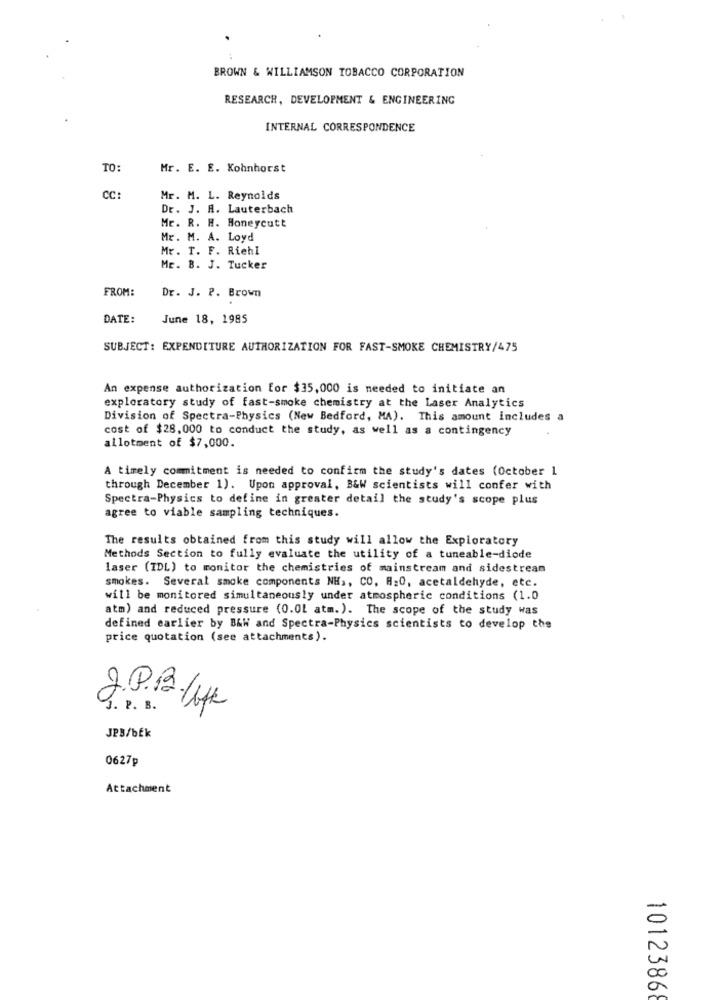
BROWN & WILLIAMSON TOBACCO CORPORATION
RESEARCH, DEVELOPMENT & ENGINEERING
INTERNAL CORRESPONDENCE
TO:
Mr. E. E. Kohnhorst
CC:
Mr. M. L. Reynolds
Dr. J. R. Lauterbach
Mr. R. R. Honeycutt
Mr. M. A. Loyd
Mr. T. F. Riehl
Mr. B. J. Tucker
FROM:
Dr. J. P. Brown
DATE:
June 18, 1985
SUBJECT: EXPENDITURE AUTHORIZATION FOR FAST-SMOKE CHEMISTRY/475
An expense authorization for $35,000 is needed to initiate an
exploratory study of fast-smoke chemistry at the Laser Analytics
Division of Spectra-Physics (New Bedford, MA). This amount includes a
cost of $28,000 to conduct the study, as well as a contingency
allotment of $7,000.
A timely commitment is needed to confirm the study's dates (October 1
through December 1). Upon approval, B&W scientists will confer with
Spectra-Physics to define in greater detail the study's scope plus
agree to viable sampling techniques.
The results obtained from this study will allow the Exploratory
Methods Section to fully evaluate the utility of a tuneable-diode
laser (IDL) to monitor the chemistries of mainstream and sidestream
smokes. Several smoke components NH ,, CO, A=0, acetaldehyde, etc.
will be monitored simultaneously under atmospheric conditions (1.0
atm) and reduced pressure (0.01 atm. ). The scope of the study was
defined earlier by B&W and Spectra-Physics scientists to develop the
price quotation (see attachments).
2.P.B./HL
J. P. B.
JPB/bÉk
0627p
Attachment
-
00
1012386